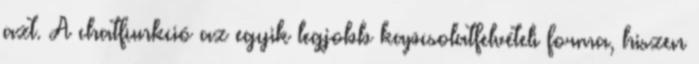
azt. A chatfunkció az egyik legjobb kapcsolatfelvételi forma, hiszen